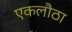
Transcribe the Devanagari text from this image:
एकलौठा